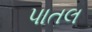
પાતલ